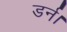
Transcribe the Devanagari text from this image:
डर्न।